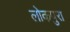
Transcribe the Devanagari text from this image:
लोकपुरा